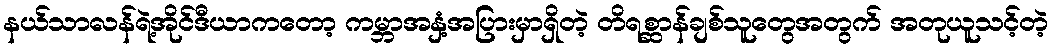
နယ်သာလန်ရဲ့အိုင်ဒီယာကတော့ ကမ္ဘာအနှံ့အပြားမှာရှိတဲ့ တိရစ္ဆာန်ချစ်သူတွေအတွက် အတုယူသင့်တဲ့